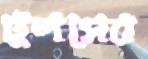
টুলসের